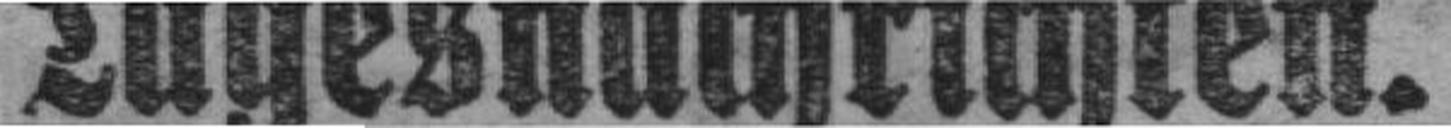
Tagesnachrichten.